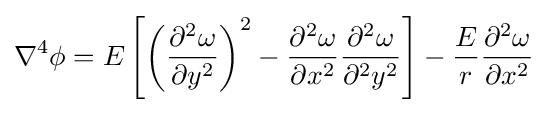
\nabla ^{4}\phi =E\left[\left({\frac {\partial ^{2}\omega }{\partial y^{2}}}\right)^{2}-{\frac {\partial ^{2}\omega }{\partial x^{2}}}{\frac {\partial ^{2}\omega }{\partial ^{2}y^{2}}}\right]-{\frac {E}{r}}{\frac {\partial ^{2}\omega }{\partial x^{2}}}